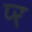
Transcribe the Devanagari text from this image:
प्‍र